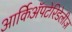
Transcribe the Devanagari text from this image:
आर्किॲपटेरिडेलीज़